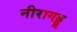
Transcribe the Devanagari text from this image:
नीरागड्डू